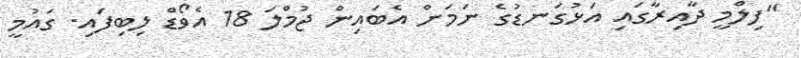
"ފިލްމީ ދާއިރާގައި އަޅުގަނޑުގެ ނަމަށް އެބައިން ޖުމްލަ 18 އެވޯޑް ލިބިފައި. ގައުމީ